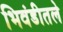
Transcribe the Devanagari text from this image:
भिवंडीतले